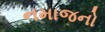
નમાજનો